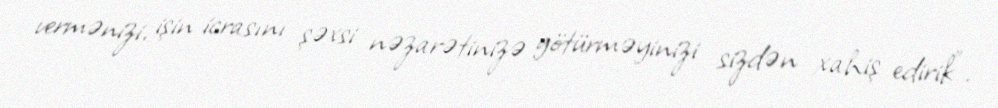
vermənizi, işin icrasını şəxsi nəzarətinizə götürməyinizi sizdən xahiş edirik”.